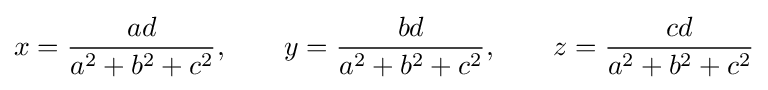
\displaystyle x={\frac {ad}{a^{2}+b^{2}+c^{2}}},\quad \quad \displaystyle y={\frac {bd}{a^{2}+b^{2}+c^{2}}},\quad \quad \displaystyle z={\frac {cd}{a^{2}+b^{2}+c^{2}}}